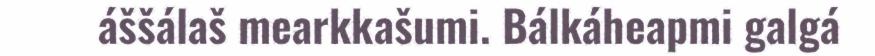
áššálaš mearkkašumi. Bálkáheapmi galgá